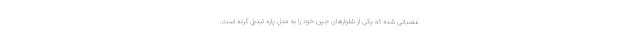
عصبانی شده که یکی از شلوارهای جین خود را به مدل پاره تبدیل کرده است.